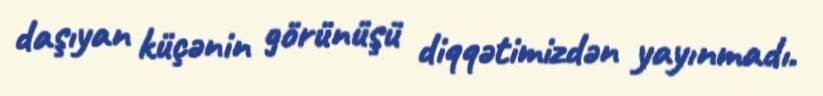
daşıyan küçənin görünüşü diqqətimizdən yayınmadı.